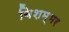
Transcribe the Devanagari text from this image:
बिशम्भर